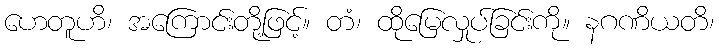
ဟေတူဟိ၊ အကြောင်းတို့ဖြင့်။ တံ၊ ထိုမြေလှုပ်ခြင်းကို။ နဂဏိယတိ၊